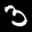
Label: 3